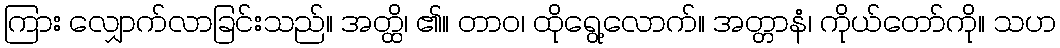
ကြား လျှောက်လာခြင်းသည်။ အတ္ထိ၊ ၏။ တာဝ၊ ထိုရွေ့လောက်။ အတ္တာနံ၊ ကိုယ်တော်ကို။ သဟ